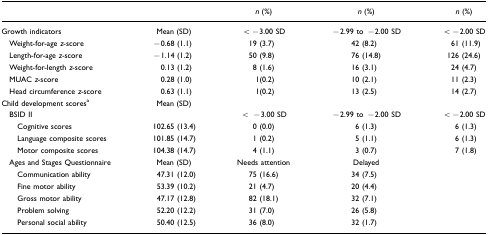
|  |  | n (%) | n (%) | n (%) |
 | --- | --- | --- | --- | --- |
 | Growth indicators | Mean (SD) | <−3.00 SD | −2.99 to −2.00 SD | <−2.00 SD |
 | Weight-for-age z-score | −0.68 (1.1) | 19 (3.7) | 42 (8.2) | 61 (11.9) |
 | Length-for-age z-score | −1.14 (1.2) | 50 (9.8) | 76 (14.8) | 126 (24.6) |
 | Weight-for-length z-score | 0.13 (1.2) | 8 (1.6) | 16 (3.1) | 24 (4.7) |
 | MUAC z-score | 0.28 (1.0) | 1(0.2) | 10 (2.1) | 11 (2.3) |
 | Head circumference z-score | 0.63 (1.1) | 1(0.2) | 13 (2.5) | 14 (2.7) |
 | Child development scoresa | Mean (SD) |  |  |  |
 | BSID II |  | < −3.00 SD | −2.99 to −2.00 SD | <−2.00 SD |
 | Cognitive scores | 102.65 (13.4) | 0 (0.0) | 6 (1.3) | 6 (1.3) |
 | Language composite scores | 101.85 (14.7) | 1 (0.2) | 5 (1.1) | 6 (1.3) |
 | Motor composite scores | 104.38 (14.7) | 4 (1.1) | 3 (0.7) | 7 (1.8) |
 | Ages and Stages Questionnaire | Mean (SD) | Needs attention | Delayed |  |
 | Communication ability | 47.31 (12.0) | 75 (16.6) | 34 (7.5) |  |
 | Fine motor ability | 53.39 (10.2) | 21 (4.7) | 20 (4.4) |  |
 | Gross motor ability | 47.17 (12.8) | 82 (18.1) | 32 (7.1) |  |
 | Problem solving | 52.20 (12.2) | 31 (7.0) | 26 (5.8) |  |
 | Personal social ability | 50.40 (12.5) | 36 (8.0) | 32 (1.7) |  |